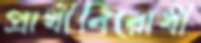
প্রার্থীবিরোধী